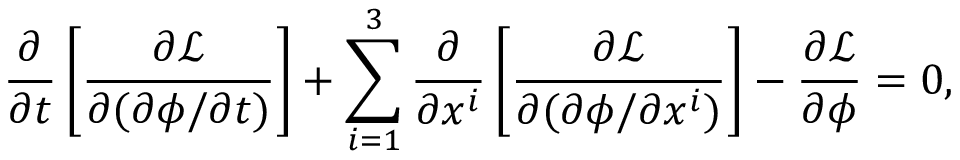
{ \frac { \partial } { \partial t } } \left[ { \frac { \partial { \mathcal { L } } } { \partial ( \partial \phi / \partial t ) } } \right] + \sum _ { i = 1 } ^ { 3 } { \frac { \partial } { \partial x ^ { i } } } \left[ { \frac { \partial { \mathcal { L } } } { \partial ( \partial \phi / \partial x ^ { i } ) } } \right] - { \frac { \partial { \mathcal { L } } } { \partial \phi } } = 0 ,